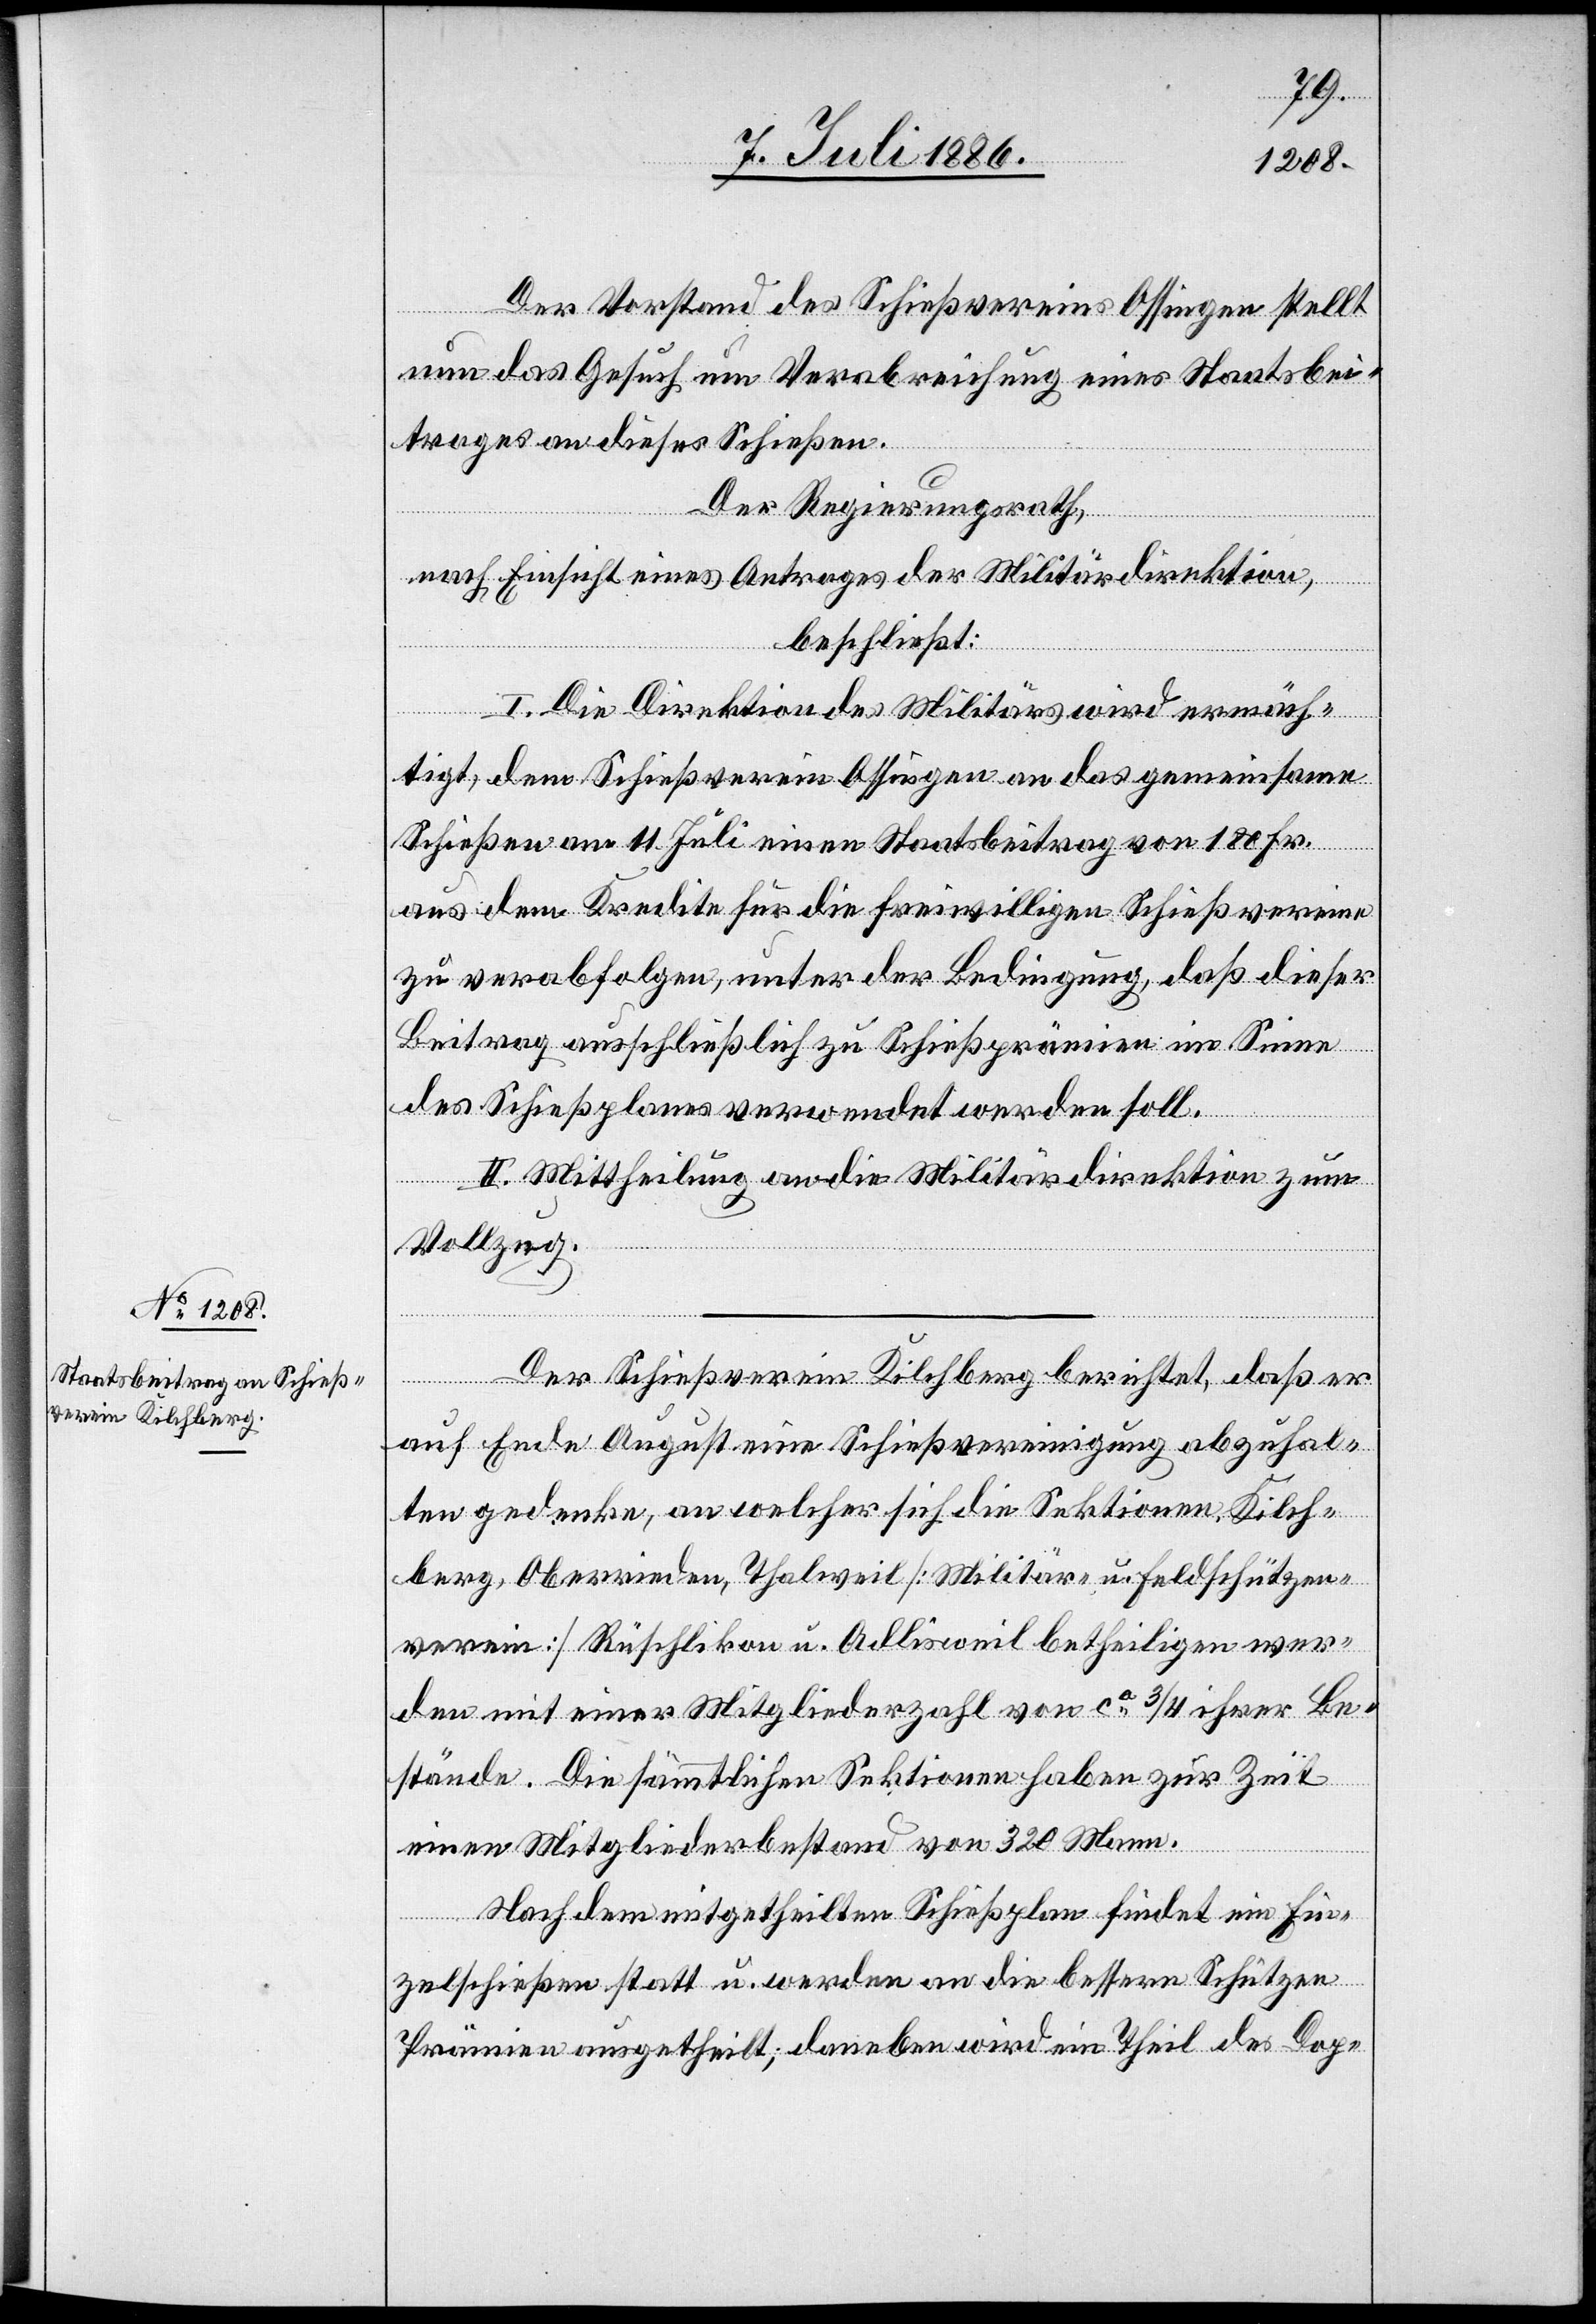
Der Vorstand des Schießvereins Ossingen stellt
nun das Gesuch um Verabreichung eines Staatsbei¬
trages an dieses Schießen.
Der Regierungsrath,
nach Einsicht eines Antrages der Militärdirektion,
beschließt:
I. Die Direktion des Militärs wird ermäch¬
tigt, dem Schießverein Ossingen an das gemeinsame
Schießen am 11. Juli einen Staatsbeitrag von 180 Fr.
aus dem Kredite für die freiwilligen Schießvereine
zu verabfolgen, unter der Bedingung, daß dieser
Beitrag ausschließlich zu Schießprämien im Sinne
des Schießplanes verwendet werden soll.
II. Mittheilung an die Militärdirektion zum
Vollzug.
Der Schießverein Kilchberg berichtet, daß er
auf Ende August eine Schießvereinigung abzuhal¬
ten gedenke, an welcher sich die Sektionen Kilch¬
berg, Oberrieden, Thalweil [Militär- u. Feldschützen¬
verein] Rüschlikon u. Adlisweil betheiligen wer¬
den mit einer Mitgliederzahl von ca 3/4 ihrer Be¬
stände. Die sämmtlichen Sektionen haben zur Zeit
einen Mitgliederbestand von 320 Mann.
Nach dem mitgetheilten Schießplan findet ein Ein¬
zelschießen statt u. werden an die bessern Schützen
Prämien ausgetheilt; daneben wird ein Theil des Dop-